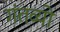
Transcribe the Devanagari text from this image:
गंतव्यो